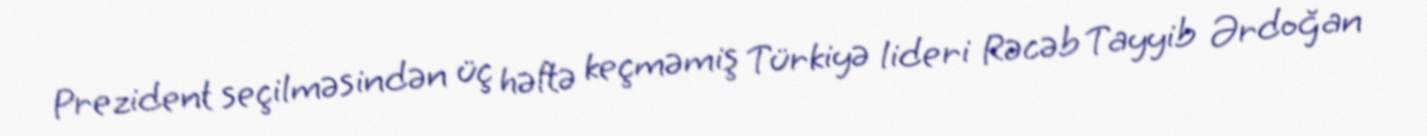
Prezident seçilməsindən üç həftə keçməmiş Türkiyə lideri Rəcəb Tayyib Ərdoğan